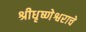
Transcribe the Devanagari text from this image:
श्रीधृष्णेश्वराचे